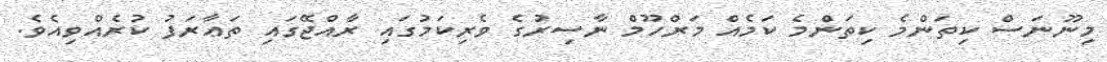
މިނޫނަސް ކިތަންމެ ކިތަންމެ ކަމެއް މަރްހޫމް ނާސިރުގެ ވެރިކަމުގައި ރާއްޖޭގައި ތަޢާރަފު ކުރެއްވިއެވެ.